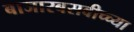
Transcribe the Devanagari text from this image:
बाजारबसवीच्च्या